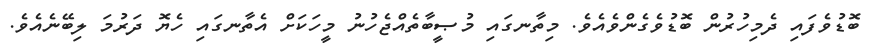
ބޮޑުވެފައި ދެމިހުރުން ބޮޑުވެގެންވެއެވެ. މިތާނގައި މުޞީބާތެއްޖެހުނު މީހަކަށް އެތާނގައި ހެޔޮ ދަރުމަ ލިބޭނެއެވެ.